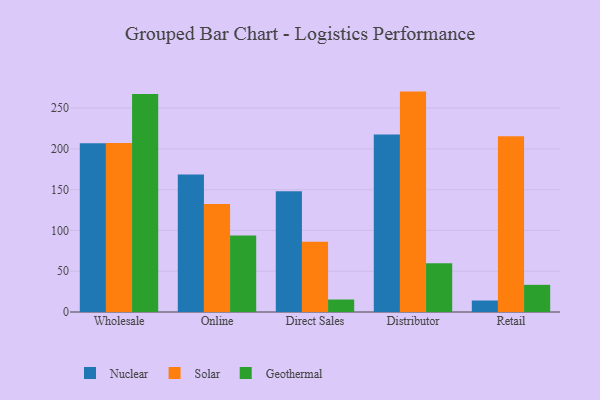
{"axis": {"x": "Channel", "y": "Inventory Turnover"}, "legend": ["Geothermal", "Nuclear", "Solar"], "data": [{"x": "Wholesale", "y": 206.8, "type": "Nuclear"}, {"x": "Wholesale", "y": 207.3, "type": "Solar"}, {"x": "Wholesale", "y": 267.2, "type": "Geothermal"}, {"x": "Online", "y": 168.6, "type": "Nuclear"}, {"x": "Online", "y": 132.3, "type": "Solar"}, {"x": "Online", "y": 93.7, "type": "Geothermal"}, {"x": "Direct Sales", "y": 148.0, "type": "Nuclear"}, {"x": "Direct Sales", "y": 86.0, "type": "Solar"}, {"x": "Direct Sales", "y": 15.3, "type": "Geothermal"}, {"x": "Distributor", "y": 217.5, "type": "Nuclear"}, {"x": "Distributor", "y": 270.2, "type": "Solar"}, {"x": "Distributor", "y": 59.7, "type": "Geothermal"}, {"x": "Retail", "y": 14.1, "type": "Nuclear"}, {"x": "Retail", "y": 215.6, "type": "Solar"}, {"x": "Retail", "y": 33.3, "type": "Geothermal"}]}